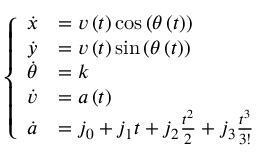
\left\{ \begin{array} { l l } { \dot { x } } & { = v \left( t \right) \cos \left( \theta \left( t \right) \right) } \\ { \dot { y } } & { = v \left( t \right) \sin \left( \theta \left( t \right) \right) } \\ { \dot { \theta } } & { = k } \\ { \dot { v } } & { = a \left( t \right) } \\ { \dot { a } } & { = j _ { 0 } + j _ { 1 } t + j _ { 2 } \frac { t ^ { 2 } } { 2 } + j _ { 3 } \frac { t ^ { 3 } } { 3 ! } } \end{array} \right.